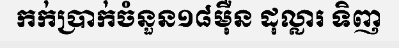
កក់ប្រាក់ចំនួន១៨ម៉ឺន ដុល្លារ ទិញ